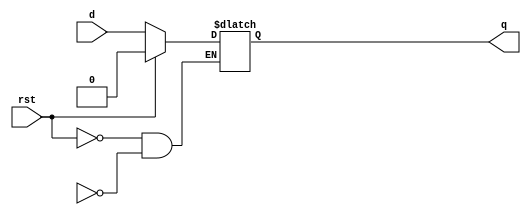
module d_latch (
    input d,
    input rst,  // reset
    output reg q
  );
  
  always @(rst or d)
    if (rst)
      q <= 0;
    else
      if (en)
        q <= d;
  
endmodule